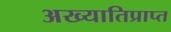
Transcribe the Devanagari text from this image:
अख्यातिप्राप्त